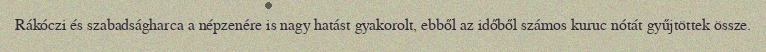
Rákóczi és szabadságharca a népzenére is nagy hatást gyakorolt, ebből az időből számos kuruc nótát gyűjtöttek össze.